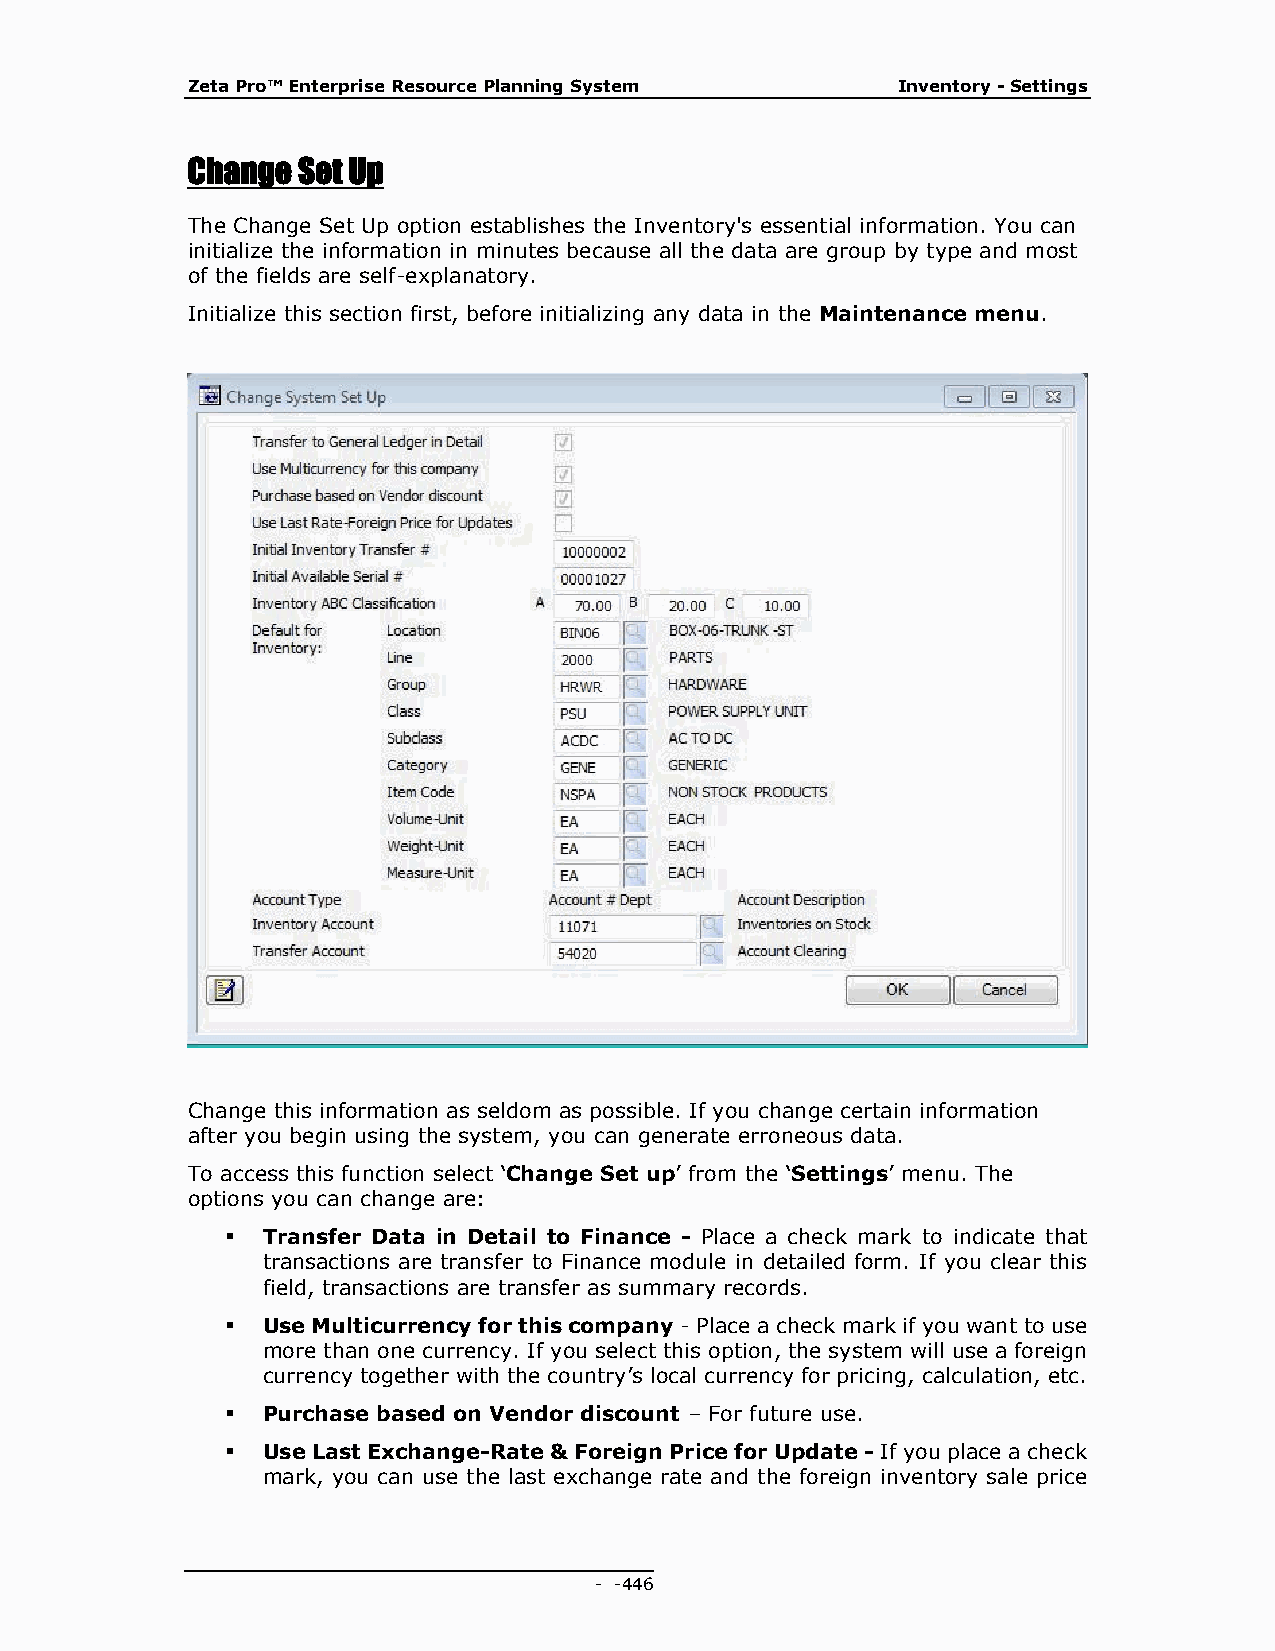
Zeta Pro™ Enterprise Resource Planning System  Inventory - Settings
 Change  Set Up
 The Change Set Up option establishes the Inventory's essential information. You can
 initialize the information in minutes because all the data are group by type and most
 of the fields are self-explanatory.
 Initialize this section first, before initializing any data in the Maintenance menu.
 Change this information as seldom as possible. If you change certain information
 after you begin using the system, you can generate erroneous data.
 To access this function select ‘Change Set up’ from the ‘Settings’ menu. The
 options you can change are:
  Transfer Data in Detail to Finance - Place a check mark to indicate that
 transactions are transfer to Finance module in detailed form. If you clear this
 field, transactions are transfer as summary records.
  Use Multicurrency for this company - Place a check mark if you want to use
 more than one currency. If you select this option, the system will use a foreign
 currency together with the country’s local currency for pricing, calculation, etc.
  Purchase based on Vendor discount – For future use.
  Use Last Exchange-Rate & Foreign Price for Update - If you place a check
 mark, you can use the last exchange rate and the foreign inventory sale price
 - - 446